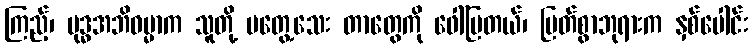
ကြည့်၊ ဗုဒ္ဓအဘိဓမ္မာက သူတို့ မတွေ့သေး တာတွေကို ဖေါ်ပြတယ်၊ မြတ်စွာဘုရားက နှစ်ပေါင်း